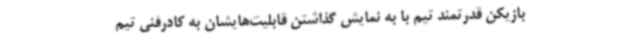
بازیکن قدرتمند تیم با به نمایش گذاشتن قابلیت‌هایشان به کادرفنی تیم